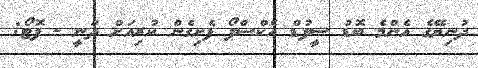
ދުނިޔޭގެ އެންމެ ބޮޑު ސީފުޑް އެކްސްޕޯ ފެށިގެން ކުރިއަށް ދަނީ - ފޮޓޯ: